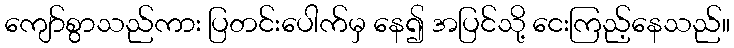
ကျော်စွာသည်ကား ပြတင်းပေါက်မှ နေ၍ အပြင်သို့ ငေးကြည့်နေသည်။